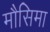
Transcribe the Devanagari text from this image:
मौसिमा